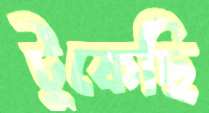
টুকেছি